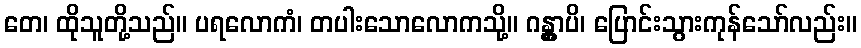
တေ၊ ထိုသူတို့သည်။ ပရလောကံ၊ တပါးသောလောကသို့။ ဂန္တွာပိ၊ ပြောင်းသွားကုန်သော်လည်း။